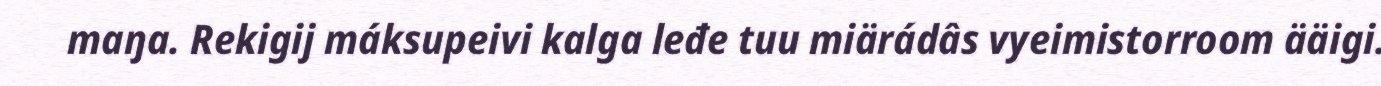
maŋa. Rekigij máksupeivi kalga leđe tuu miärádâs vyeimistorroom ääigi.